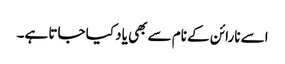
اسے نارائن کے نام سے بھی یاد کیا جاتا ہے۔